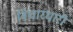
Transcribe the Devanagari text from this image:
विचारधारी